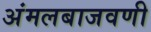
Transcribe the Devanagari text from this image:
अंमलबाजवणी